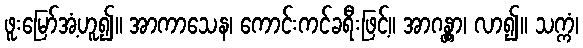
ဖူးမြော်အံ့ဟူ၍။ အာကာသေန၊ ကောင်းကင်ခရီးဖြင့်။ အာဂန္တွာ၊ လာ၍။ သက္ကံ၊